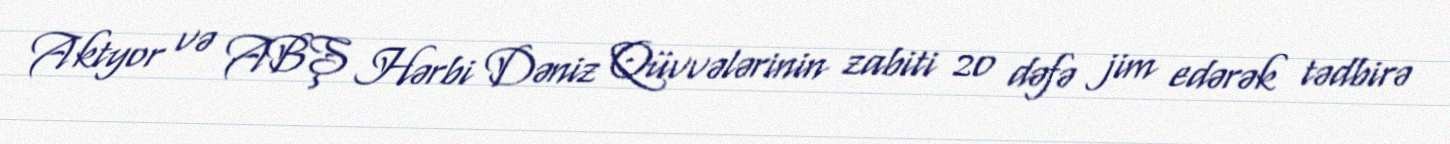
Aktyor və ABŞ Hərbi Dəniz Qüvvələrinin zabiti 20 dəfə jim edərək tədbirə